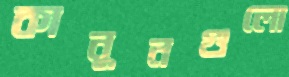
কানুনগুলো